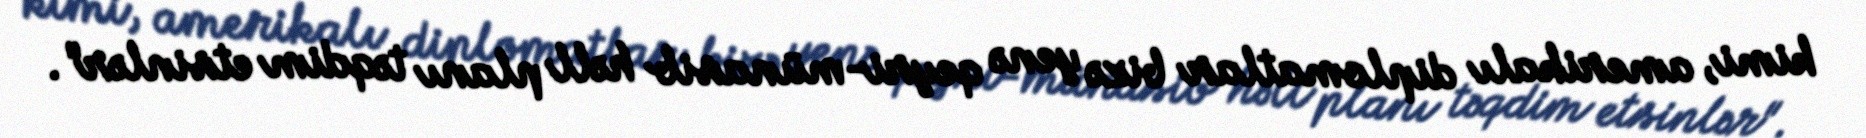
kimi, amerikalı diplomatlar bizə yenə qeyri-münasib həll planı təqdim etsinlər".